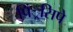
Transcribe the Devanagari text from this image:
पिं्रसिपे